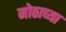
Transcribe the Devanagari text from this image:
मोठाच्या